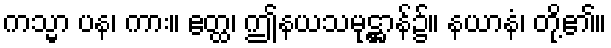
ကသ္မာ ပန၊ ကား။ ဧတ္ထ၊ ဤနယသမုဋ္ဌာန်၌။ နယာနံ၊ တို့၏။